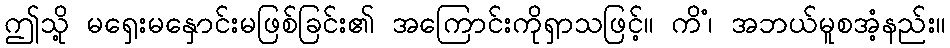
ဤသို့ မရှေးမနှောင်းမဖြစ်ခြင်း၏ အကြောင်းကိုရှာသဖြင့်။ ကိံ၊ အဘယ်မူစအံ့နည်း။